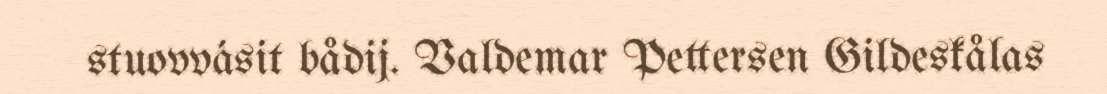
stuovvásit bådij. Valdemar Pettersen Gildeskålas